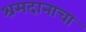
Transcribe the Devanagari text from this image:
श्रमदानाचा